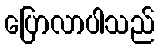
ပြောလာပါသည်